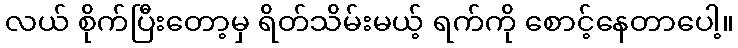
လယ် စိုက်ပြီးတော့မှ ရိတ်သိမ်းမယ့် ရက်ကို စောင့်နေတာပေါ့။